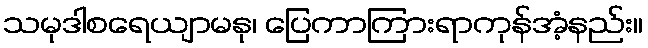
သမုဒါစရေယျာမနု၊ ပြေကာကြားရာကုန်အံ့နည်း။